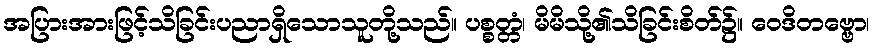
အပြားအားဖြင့်သိခြင်းပညာရှိသောသူတို့သည်။ ပစ္စတ္တံ၊ မိမိသို့၏သိခြင်းစိတ်၌။ ဝေဒိတဗ္ဗော၊